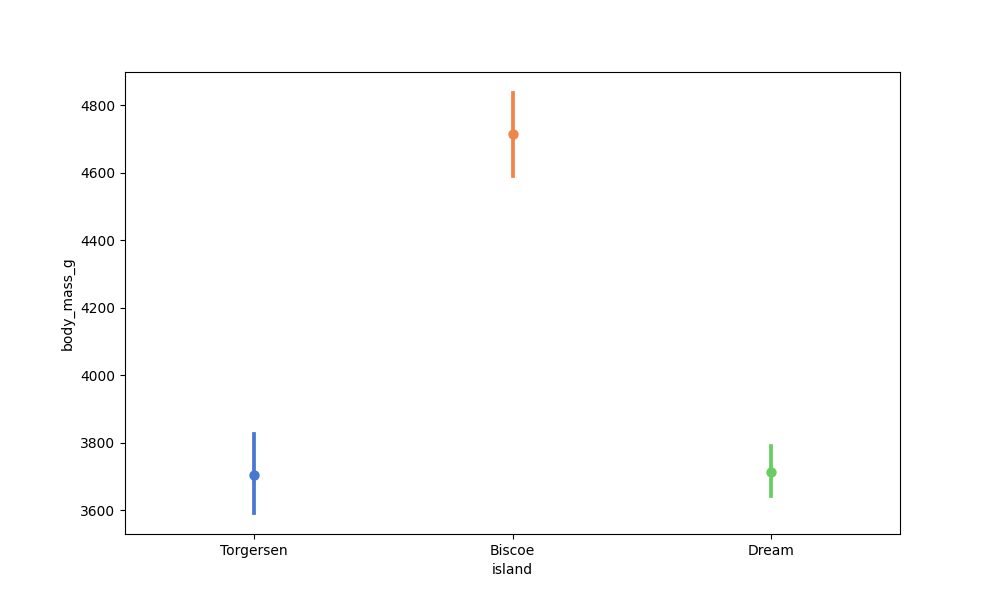
python, seaborn, pointplot, scale=1.0, join=True, hue='None', palette='muted'